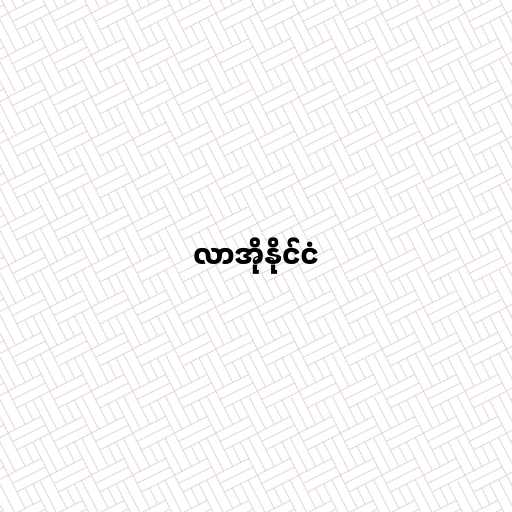
လာအိုနိုင်ငံ